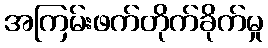
အကြမ်းဖက်တိုက်ခိုက်မှု